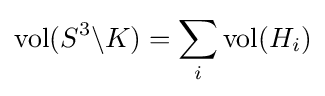
\operatorname {vol} (S^{3}\backslash K)=\sum _{i}\operatorname {vol} (H_{i})